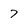
Character: 7